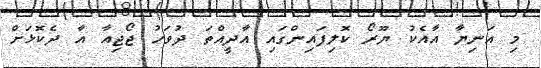
މި އަނިޔާ އާއެކު ޔޫރޯ ކޮލިފައިންގައި އާދީއްތަ ދުވަހު ޖޯޖިއާ އާ ދެކޮޅަށް